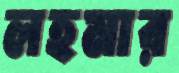
লহমার